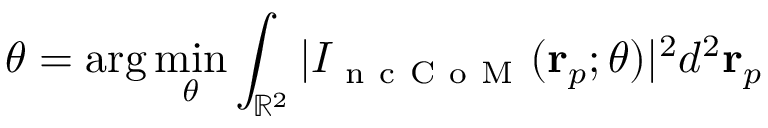
\theta = \arg \operatorname* { m i n } _ { \theta } \int _ { \mathbb { R } ^ { 2 } } | I _ { \mathrm { ~ n ~ c ~ C ~ o ~ M ~ } } ( \mathbf { r } _ { p } ; \theta ) | ^ { 2 } d ^ { 2 } \mathbf { r } _ { p }